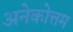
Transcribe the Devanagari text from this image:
अनेकोत्तम